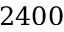
2 4 0 0